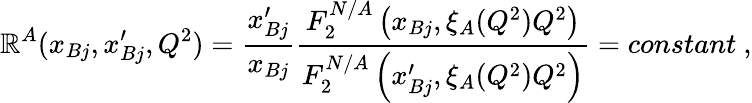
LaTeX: \mathbb{R}^{A}(x_{Bj},x_{Bj}^{\prime},Q^{2})={\frac{{x_{Bj}^{\prime}}}{{x_{Bj}}}}{\frac{{F_{2}^{N/A}\left(x_{Bj},\xi_{A}(Q^{2})Q^{2}\right)}}{{F_{2}^{N/A}\left(x_{Bj}^{\prime},\xi_{A}(Q^{2})Q^{2}\right)}}}=constant~,